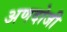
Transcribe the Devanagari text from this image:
अणदोजी